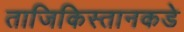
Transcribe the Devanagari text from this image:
ताजिकिस्तानकडे